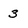
Character: 3